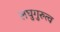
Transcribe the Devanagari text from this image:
लघुगुरुत्व